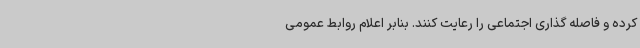
کرده و فاصله گذاری اجتماعی را رعایت کنند. بنابر اعلام روابط عمومی